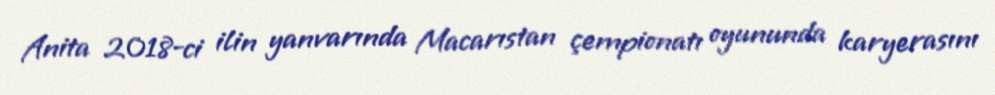
Anita 2018-ci ilin yanvarında Macarıstan çempionatı oyununda karyerasını